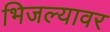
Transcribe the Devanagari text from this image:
भिजल्यावर